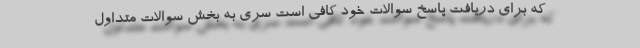
که برای دریافت پاسخ سوالات خود کافی است سری به بخش سوالات متداول